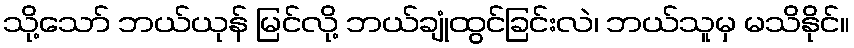
သို့သော် ဘယ်ယုန် မြင်လို့ ဘယ်ချုံထွင်ခြင်းလဲ၊ ဘယ်သူမှ မသိနိုင်။